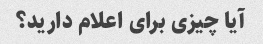
آیا چیزی برای اعلام دارید؟